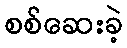
စစ်ဆေးခဲ့